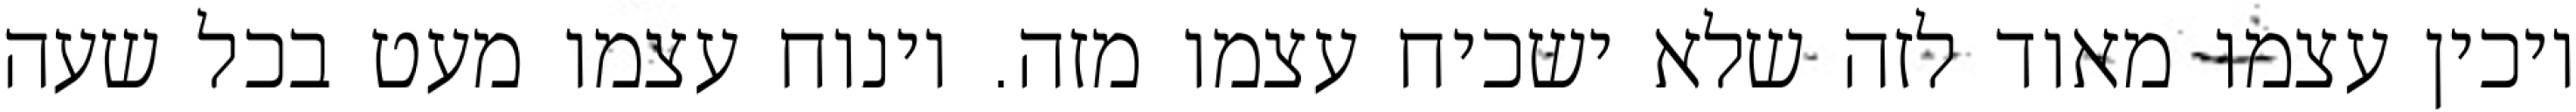
ויכין עצמו מאוד לזה שלא ישכיח עצמו מזה. וינוח עצמו מעט בכל שעה